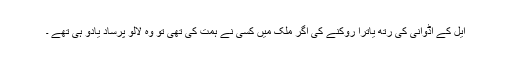
ایل کے اڈوانی کی رتھ یاترا روکنے کی اگر ملک میں کسی نے ہمت کی تھی تو وہ لالو پرساد یادو ہی تھے ۔